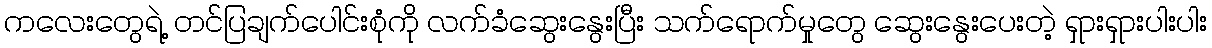
ကလေးတွေရဲ့ တင်ပြချက်ပေါင်းစုံကို လက်ခံဆွေးနွေးပြီး သက်ရောက်မှုတွေ ဆွေးနွေးပေးတဲ့ ရှားရှားပါးပါး